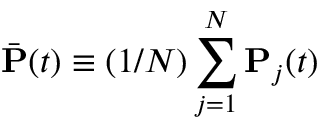
\bar { \mathbf P } ( t ) \equiv ( 1 / N ) \sum _ { j = 1 } ^ { N } \mathbf P _ { j } ( t )